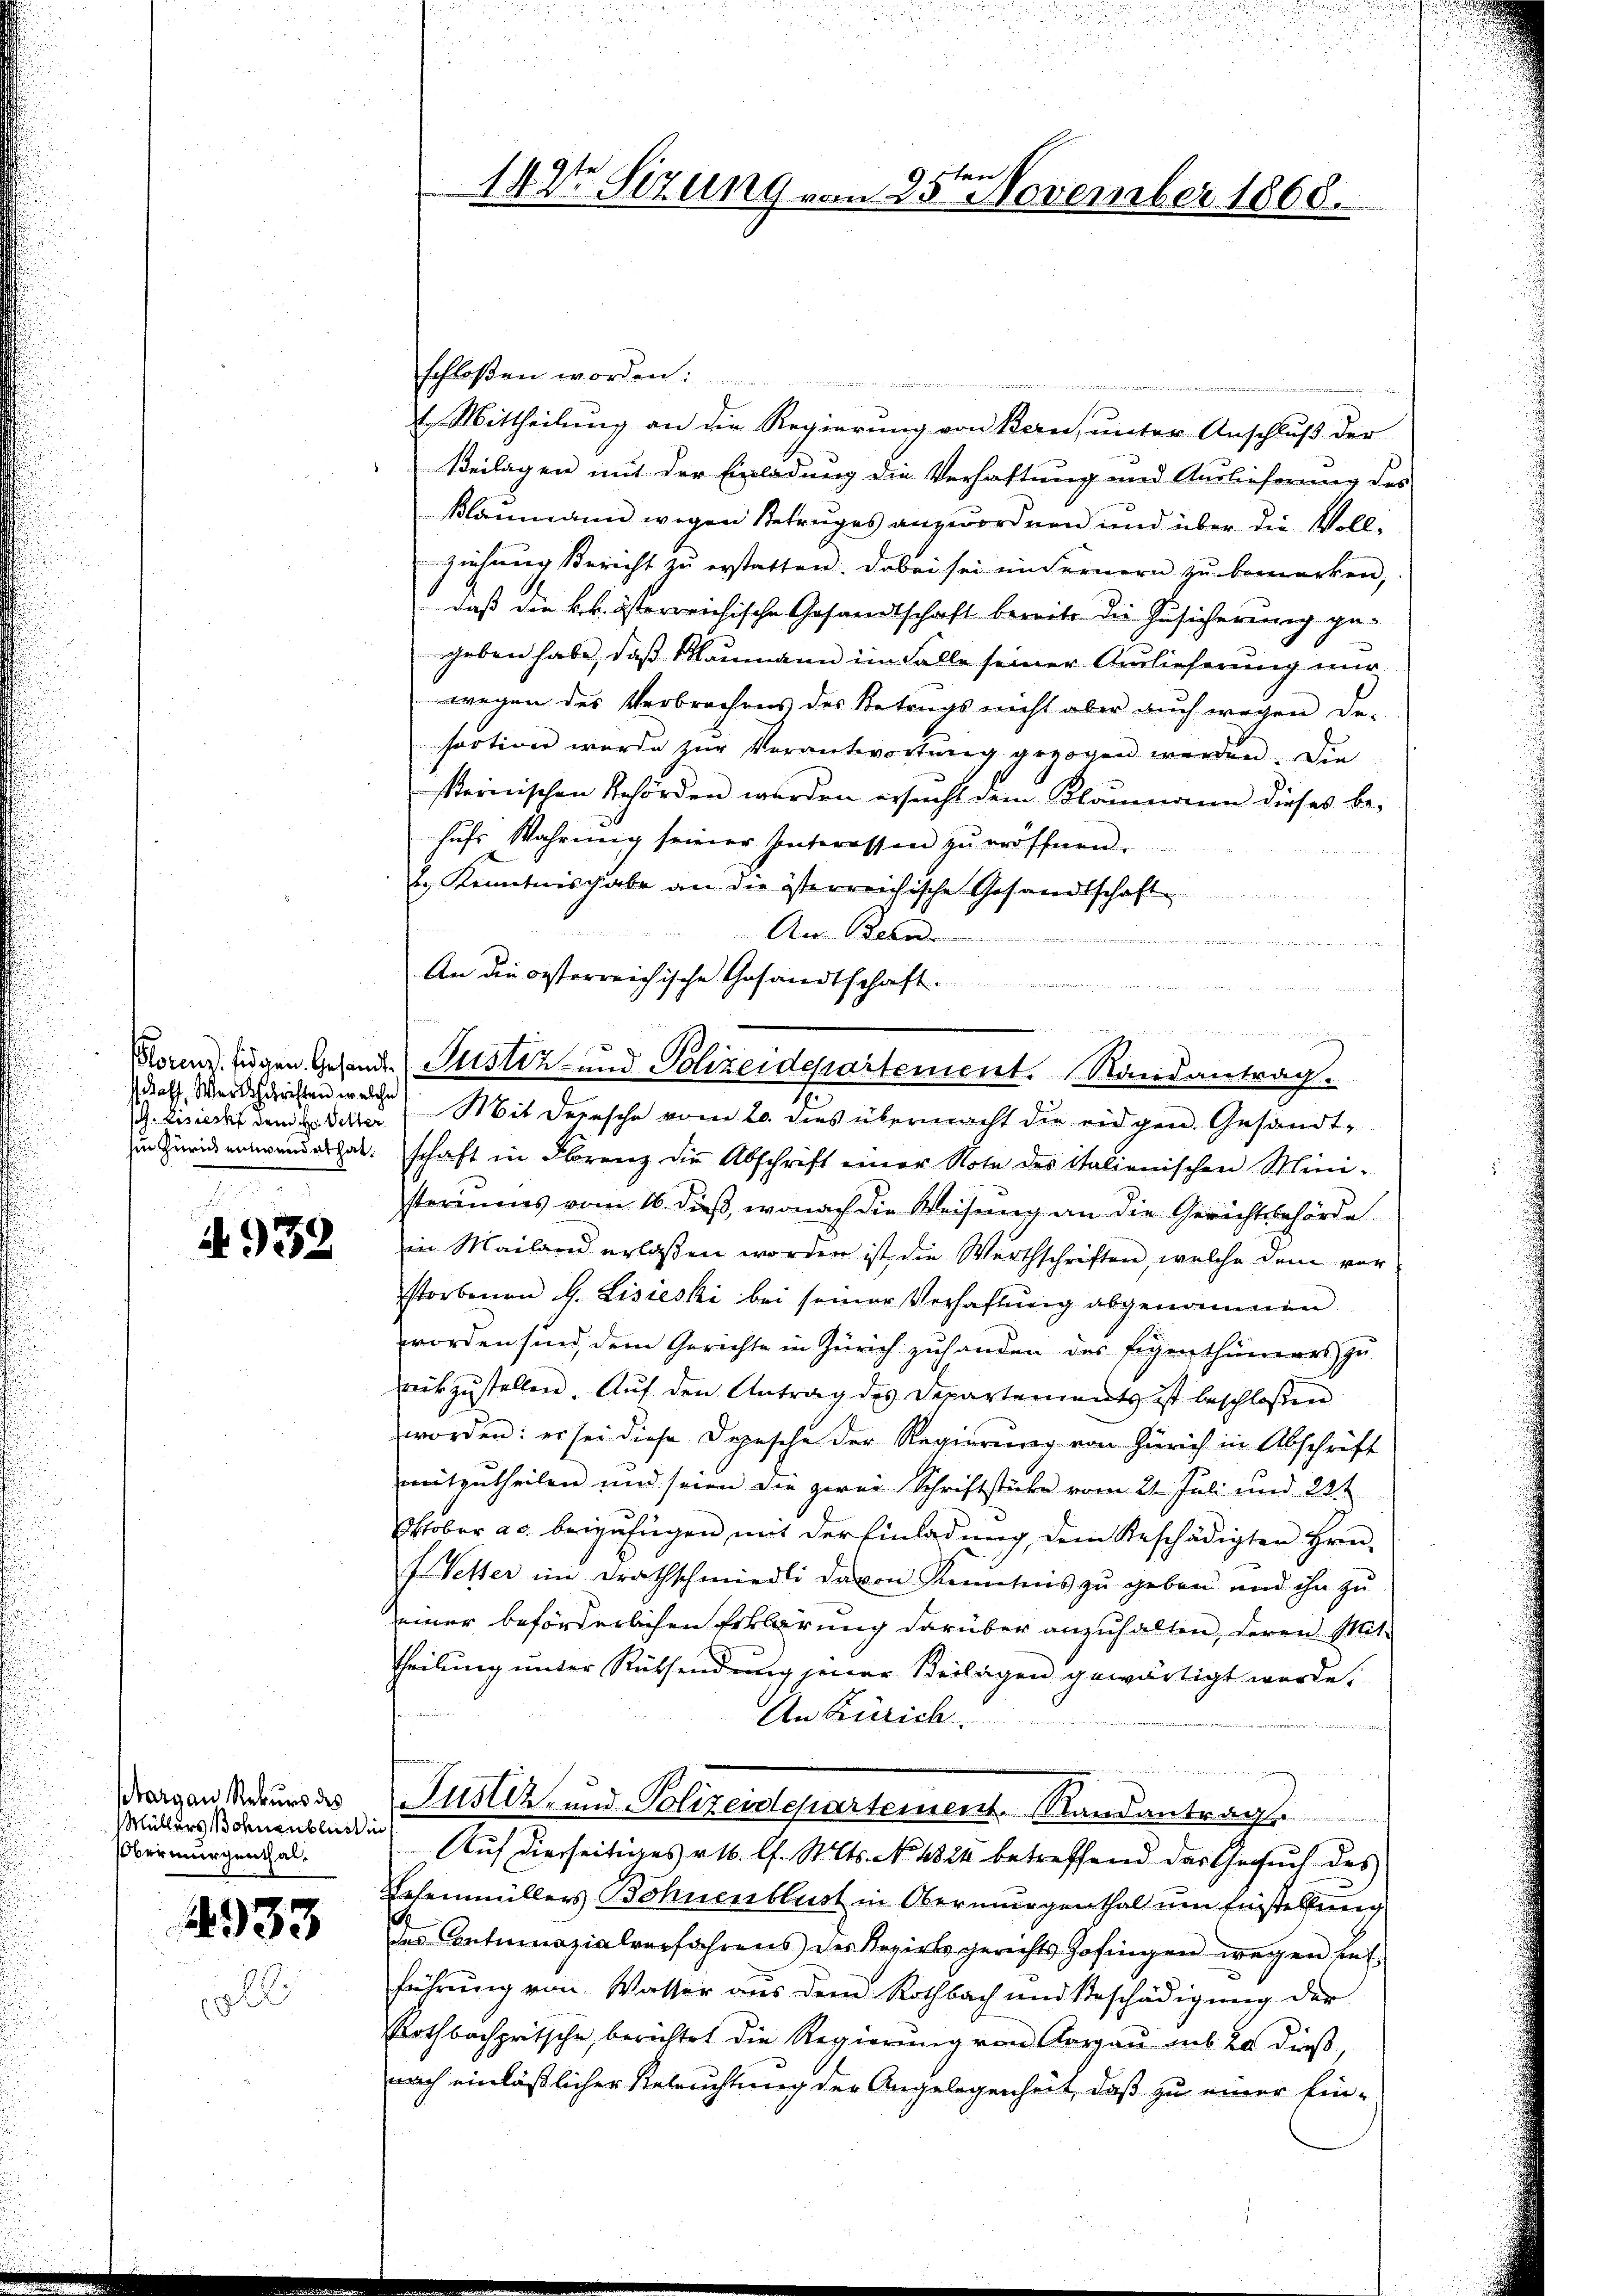
doff. Wertschriften welche

932

Margau Rekurs des
Müllers Bohnenblust in
Obermurgenthal.

4933

schloßen worden
t. Mittheilung an die Regierung von Bern, unter Anschluß der
Beilagen mit der Einladung die Verhaftung und Auslieferung des
Klaumann wegen Betruges anzuordnen und über die Vollziehung Bericht zu erstatten. Dabei sei in Fernern zu bemerken,
daß die k.k. österreichische Gesandtschaft bereits die Zusicherung gegeben habe, daß Maumann im Falle seiner Auslieferung nur
wegen des Verbrechens des Betrugs nicht aber auch wegen De-
saction wurde zŭr Verantwortŭng gezogen werden. Die
sternischen Behörden werden ersucht dem Klaumann dieses behufs Wahrung seiner Interessen zu eröffnen.
2.) Kenntnisgabe an die österreichische Gesandtschaft
Au Be
425
n
An die eisterreichische Gesandtschaft
un mit
s
. Bisiecht dem Hr. Vetter (Mit Depesche vom 20. dies übermacht die eidgen. Gesandtin Zürichenswandes hat. schaft in Florenz die Abschrift einer Note des italienischen Mini-
steriums vom 16. dieß, wonach die Weisung an die Gerichtsbehörde.
in Mailand erlassen worden ist die Werthschriften, welche dem vor
storbenen H. Lisieski bei seiner Verhaftŭng abgenommen.
worden sind, dem Gerichte in Zürich zuhanden des Eigenthümers zu
mitzustellen. Auf den Antrag des Departements ist beschlossen:
worden: er sei diese Depesche der Regierung von Zürich in Abschrift
mitzutheilen und seien die zwei Schriftstücke vom 21. Juli und 22t
Oktober a.c. beizufügen mit der Einladung dem Beschädigten Hrn.
J. Vetter im Drathschmiedli davon Kenntnis zu geben und ihn zu
einer beförderlichen Erklärung darüber anzuhalten, deren Mit¬
Theilung unter Rücksendung jener Beilagen gewärtigt werde.
An Zürich
Puster, und Polizeidepartement. Randantrag.
Auf diesseitiges 16. l. Mts. No. 1824 betreffend das Gesuch des
Lehenmüllers Bohnenblust in Obermurgenthal um Fürstellung
des Contumazialverfahrens der Rezirksgerichts Zofingen wegen hat
führung von Wasser aus dem Rothbach und Beschädigung der
Rothbachpritsche berichtet die Regierung von Aargau aus 20 dieß,
nach einläßlicher Beleuchtung der Angelegenheit, daß zu einer Ein¬

142t Sizung vom 25ten November 1868.

u
orenz, fügen Gesandt Justiz- und Polizeidepartement. Randantrag.